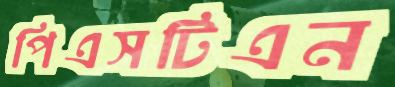
পিএসটিএন